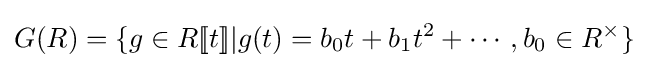
G(R)=\{g\in R[\![t]\!]|g(t)=b_{0}t+b_{1}t^{2}+\cdots ,b_{0}\in R^{\times }\}